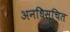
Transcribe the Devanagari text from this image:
अनधिसूचित